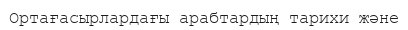
Ортағасырлардағы арабтардың тарихи және